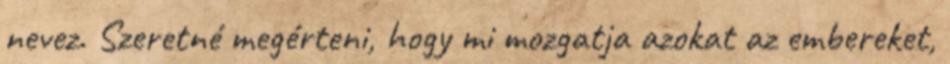
nevez. Szeretné megérteni, hogy mi mozgatja azokat az embereket,